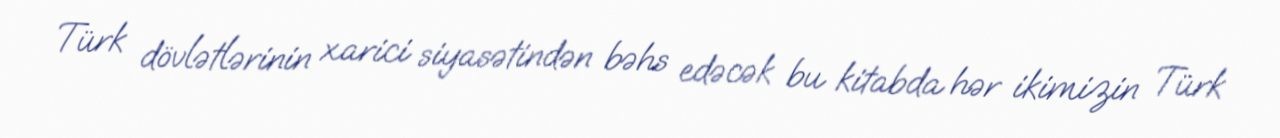
Türk dövlətlərinin xarici siyasətindən bəhs edəcək bu kitabda hər ikimizin Türk